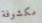
مكشوفة